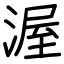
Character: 渥